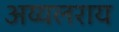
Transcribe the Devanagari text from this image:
अय्यलराय